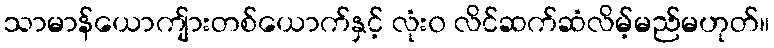
သာမာန်ယောကျ်ားတစ်ယောက်နှင့် လုံး၀ လိင်ဆက်ဆံလိမ့်မည်မဟုတ်။